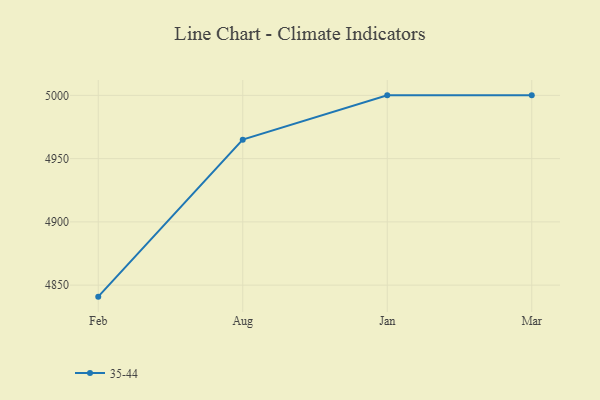
{"axis": {"x": "Month", "y": "Backlog"}, "legend": ["35-44"], "data": [{"x": "Feb", "y": 4840.9, "type": "35-44"}, {"x": "Aug", "y": 4965.0, "type": "35-44"}, {"x": "Jan", "y": 5000, "type": "35-44"}, {"x": "Mar", "y": 5000, "type": "35-44"}]}